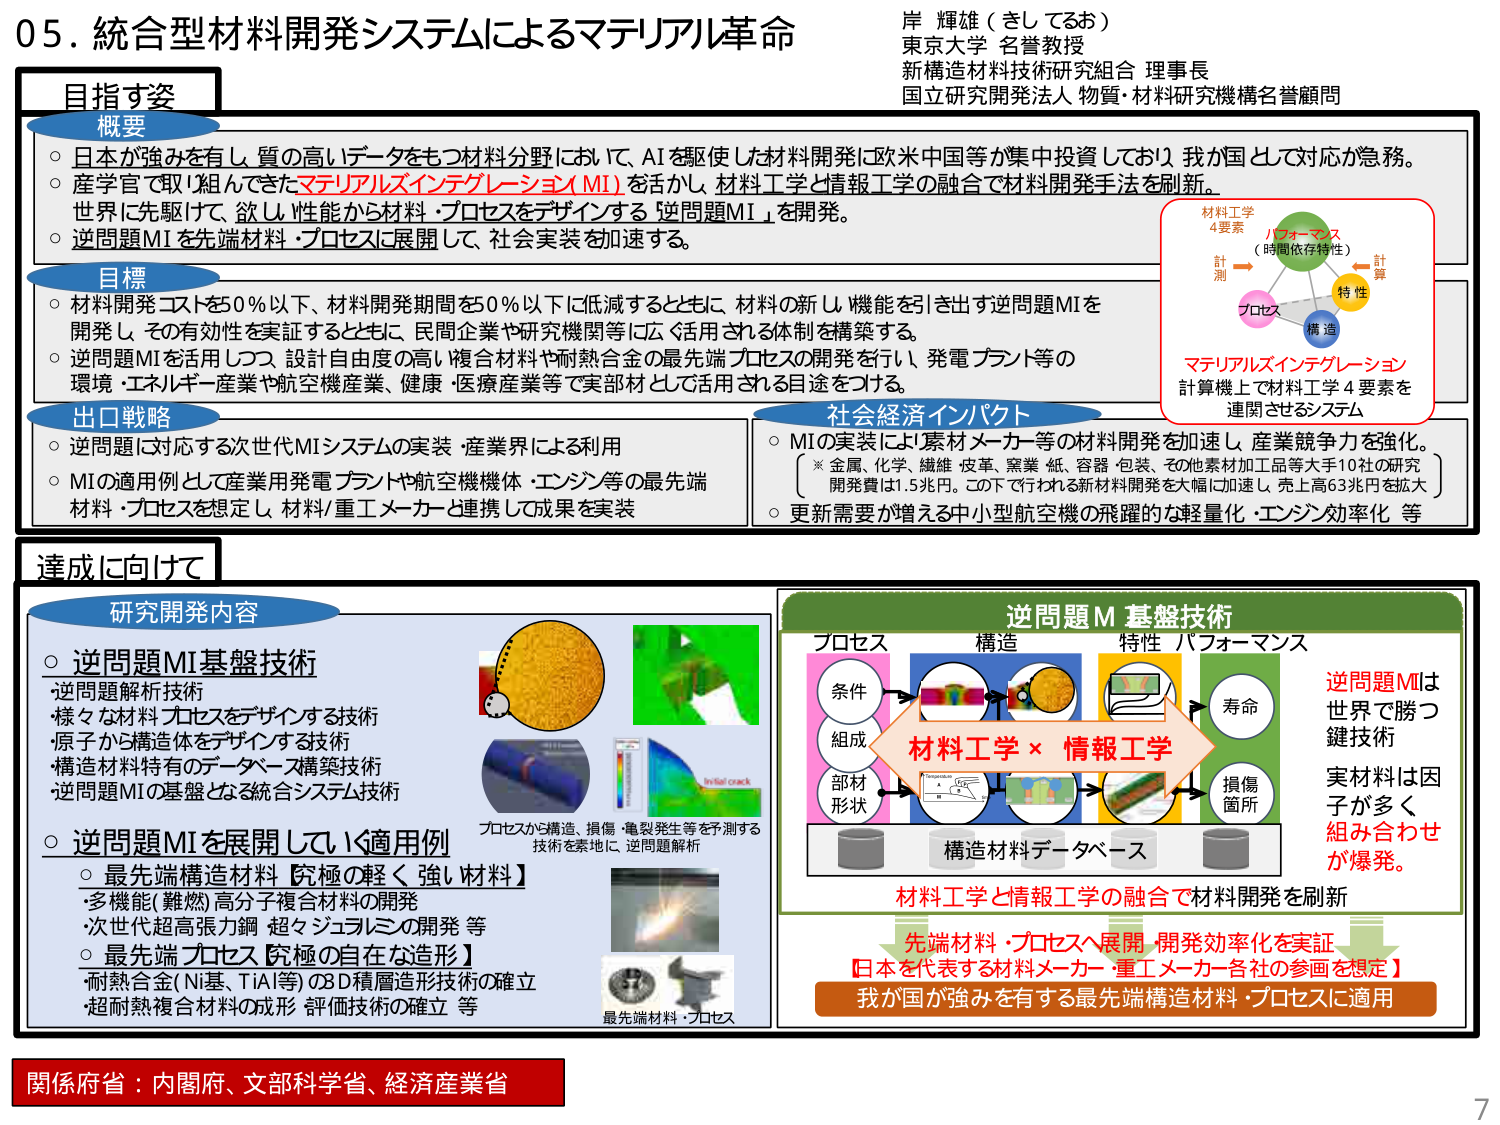
05. 統合型材料開発システムによるマテリアル革命

岸 輝雄（きしどお）
東京大学 名誉教授
新構造材料技術研究組合 理事長
国立研究開発法人 物質・材料研究機構名誉顧問

目指す姿

概要
○ 日本が強みを有し、質の高いデータをもつ材料分野において、AIを駆使した材料開発に欧米中国等が集中投資しており、我が国として対応が急務。
○ 産学官で取り組んできたマテリアルズインテグレーション（MI）を活かし、材料工学と情報工学の融合で材料開発手法を刷新。
○ 世界に先駆けて、欲しい性能から材料・プロセスをデザインする「逆問題MI」を開発。
○ 逆問題MIを先端材料・プロセスに展開して、社会実装を加速する。

目標
○ 材料開発コストを50％以下、材料開発期間を50％以下に低減するとともに、材料の新しい機能を引き出す逆問題MIを開発し、その有効性を実証するとともに、民間企業や研究機関等に広く活用される体制を構築する。
○ 逆問題MIを活用しつつ、設計自由度の高い複合材料や耐熱合金の最先端プロセスの開発を行い、発電プラント等の環境・エネルギー産業や航空機産業、健康・医療産業等で実材として活用される目途をつける。

出口戦略
○ 逆問題に対応する次世代MIシステムの実装・産業界による利用
○ MIの適用例として産業用発電プラントや航空機機体・エンジン等の最先端材料・プロセスを想定し、材料/重工メーカーと連携して成果を実装

社会経済インパクト
○ MIの実装により素材メーカー等の材料開発を加速し、産業競争力を強化。
　（※ 金属、化学、繊維、皮革、窯業、紙、容器・包装、その他素材加工品等大手10社の研究開発費は1.5兆円。この下で行われる新材料開発を大幅に加速し、売上高63兆円を拡大）
○ 更新需要が増える中小型航空機の飛躍的な軽量化・エンジン効率化 等

達成に向けて

研究開発内容
○ 逆問題MI基盤技術
　- 逆問題解析技術
　- 様々な材料・プロセスをデザインする技術
　- 原子から構造体をデザインする技術
　- 構造材料特有のデータベース構築技術
　- 逆問題MIの基盤となる統合システム技術

○ 逆問題MIを展開していく適用例
　○ 最先端構造材料【究極の軽く強い材料】
　　・多機能（難燃）高分子複合材料の開発
　　・次世代超高張力鋼・超々ジュラルミンの開発 等
　○ 最先端プロセス【究極の自在な造形】
　　・耐熱合金（Ni基、TiAl等）の3D積層造形技術の確立
　　・超耐熱複合材料の成形・評価技術の確立 等

プロセスから構造、損傷・亀裂発生等を予測する技術を素地に、逆問題解析

最先端材料・プロセス

逆問題M 基盤技術

プロセス　構造　特性　パフォーマンス

条件 → 構造 → 特性 → 寿命
組成 → 損傷箇所
部材形状 →

材料工学 × 情報工学

構造材料データベース

逆問題MIは
世界で勝つ
鍵技術
実材は因子
が多く
組み合わせ
が爆発。

材料工学と情報工学の融合で材料開発を刷新

先端材料・プロセスへ展開・開発効率化を実証
【日本を代表する材料メーカー・重工メーカー各社の参画を想定】

我が国が強みを有する最先端構造材料・プロセスに適用

関係府省：内閣府、文部科学省、経済産業省

材料工学
4要素
計測 → パフォーマンス（時間依存特性）← 計算
プロセス → 特性
構造

マテリアルズインテグレーション
計算機上で材料工学4要素を
連関させるシステム

7